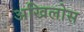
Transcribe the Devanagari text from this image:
अखिलोस